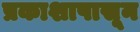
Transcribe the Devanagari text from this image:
प्रकाशापासून